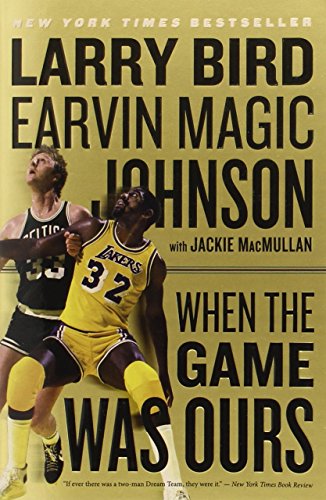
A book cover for When the Game Was Ours; Larry Bird; Biographies & Memoirs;